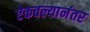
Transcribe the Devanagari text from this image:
ऐकवल्यानंतर